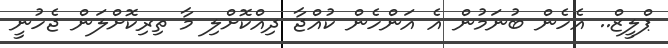
ޕްލީޒް.. އެހެން ބުނަމުން އެ އަންހެން ކުއްޖާ ދިއްކޮށްލި މާ ތިރިކޮށްލަން ޖެހުނީ